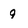
Character: 9